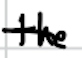
Text: the
Cross-out: single-line
Writing tool: digital_black